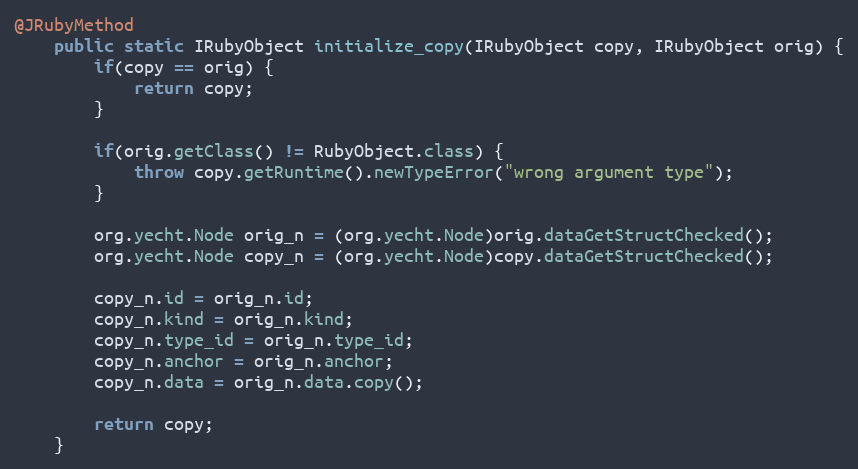
Language: Java
@JRubyMethod
    public static IRubyObject initialize_copy(IRubyObject copy, IRubyObject orig) {
        if(copy == orig) {
            return copy;
        }

        if(orig.getClass() != RubyObject.class) {
            throw copy.getRuntime().newTypeError("wrong argument type");
        }

        org.yecht.Node orig_n = (org.yecht.Node)orig.dataGetStructChecked();
        org.yecht.Node copy_n = (org.yecht.Node)copy.dataGetStructChecked();

        copy_n.id = orig_n.id;
        copy_n.kind = orig_n.kind;
        copy_n.type_id = orig_n.type_id;
        copy_n.anchor = orig_n.anchor;
        copy_n.data = orig_n.data.copy();

        return copy;
    }